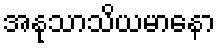
အနုသာသိယမာနော